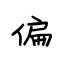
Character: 偏